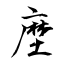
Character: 塺